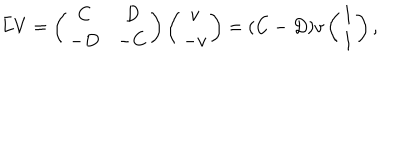
\bar { L } V = \left( \begin{matrix} { { C } } & { { D } } \\ { { - D } } & { { - C } } \\ \end{matrix} \right) \left( \begin{matrix} { { v } } \\ { { - v } } \\ \end{matrix} \right) = ( C - D ) v \left( \begin{matrix} { { 1 } } \\ { { 1 } } \\ \end{matrix} \right) ,